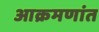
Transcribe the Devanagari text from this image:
आक्रमणांत